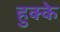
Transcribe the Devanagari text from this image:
हुक्‍के